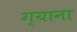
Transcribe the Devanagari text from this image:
ग्याना